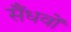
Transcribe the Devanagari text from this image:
सैंधवों